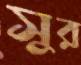
সুর